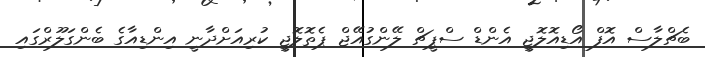
ބެޗްލާސް އޮފް އޯޑިއޮލޮޖީ އެންޑް ސްޕީޗް ލޭންގުއޭޖް ޕެތޮލޮޖީ ކުރިއަށްދާނީ އިންޑިއާގެ ބެންގަލޫރްގައި